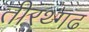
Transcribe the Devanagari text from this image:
तीरथ्गढ